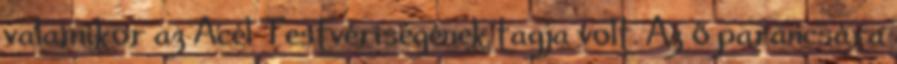
valamikor az Acél Testvériségének tagja volt. Az ő parancsára